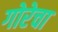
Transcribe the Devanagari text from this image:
गोरेचा